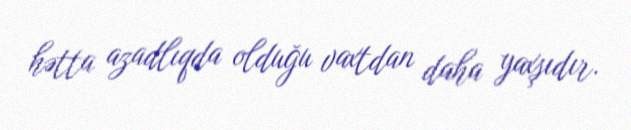
hətta azadlıqda olduğu vaxtdan daha yaxşıdır.